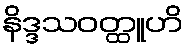
နိဒ္ဒသဝတ္ထူဟိ